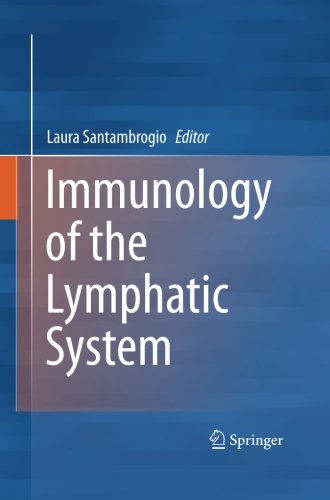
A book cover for Immunology of the Lymphatic System; Medical Books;